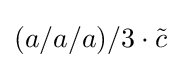
(a/a/a)/3\cdot {\tilde {c}}